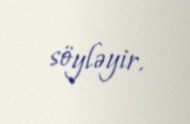
söyləyir.